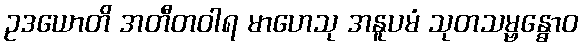
ဥဒယောတိ အတီတဝါရ မာဟေသု အနူပမံ သုတသမ္ဗန္ဓောဝ